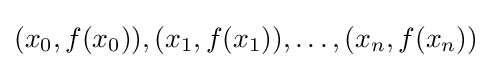
(x_{0},f(x_{0})),(x_{1},f(x_{1})),\ldots ,(x_{n},f(x_{n}))